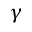
\gamma